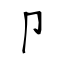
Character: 卩